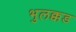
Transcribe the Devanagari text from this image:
भुलक्कड